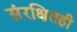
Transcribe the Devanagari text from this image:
संरक्षितही